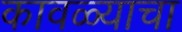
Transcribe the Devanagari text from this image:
कावळ्याचा